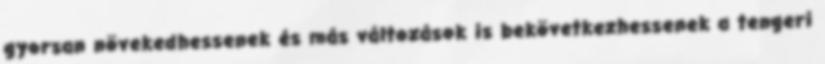
gyorsan növekedhessenek és más változások is bekövetkezhessenek a tengeri